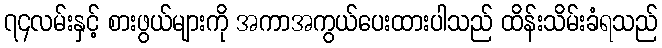
၇၄လမ်းနှင့် စားဖွယ်များကို အကာအကွယ်ပေးထားပါသည် ထိန်းသိမ်းခံရသည်